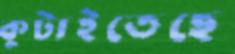
কুটাইতেছে